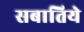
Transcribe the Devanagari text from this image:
सबातिये